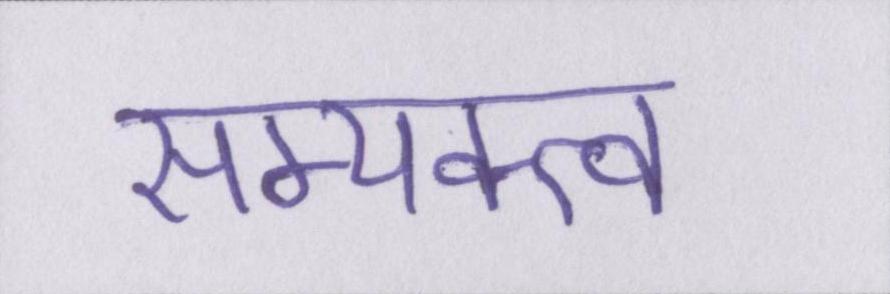
सम्यक्त्व